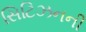
સિટિઝનની